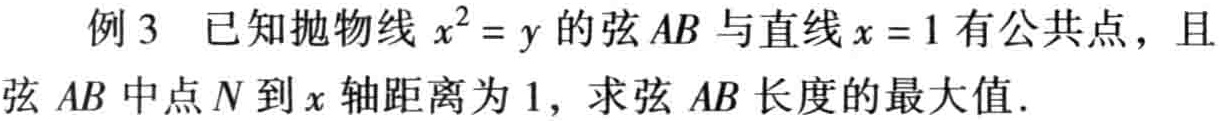
例3 已知抛物线\(x^{2}=y\)的弦\(AB\)与直线\(x = 1\)有公共点，且弦\(AB\)中点\(N\)到\(x\)轴距离为\(1\)，求弦\(AB\)长度的最大值.